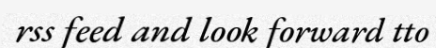
rss feed and look forward tto